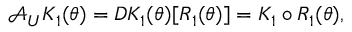
\mathcal { A } _ { U } K _ { 1 } ( \theta ) = D K _ { 1 } ( \theta ) [ R _ { 1 } ( \theta ) ] = K _ { 1 } \circ R _ { 1 } ( \theta ) ,